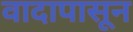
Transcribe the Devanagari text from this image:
वादापासून